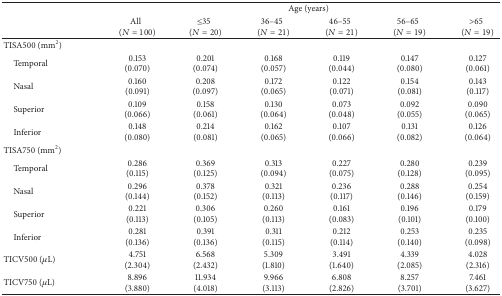
<table><thead><tr><td><b> </b></td><td colspan="6"><b>Age (years)</b></td></tr><tr><td><b> </b></td><td><b>All(<i>N</i> = 100)</b></td><td><b>≤35(<i>N</i> = 20)</b></td><td><b>36–45(<i>N</i> = 21)</b></td><td><b>46–55(<i>N</i> = 21)</b></td><td><b>56–65(<i>N</i> = 19)</b></td><td><b>&gt;65(<i>N</i> = 19)</b></td></tr></thead><tbody><tr><td>TISA500 (mm<sup>2</sup>)</td><td> </td><td> </td><td> </td><td> </td><td> </td><td> </td></tr><tr><td> Temporal</td><td>0.153 (0.070)</td><td>0.201 (0.074)</td><td>0.168 (0.057)</td><td>0.119 (0.044)</td><td>0.147 (0.080)</td><td>0.127 (0.061)</td></tr><tr><td> Nasal</td><td>0.160 (0.091)</td><td>0.208 (0.097)</td><td>0.172 (0.065)</td><td>0.122 (0.071)</td><td>0.154 (0.081)</td><td>0.143 (0.117)</td></tr><tr><td> Superior</td><td>0.109 (0.066)</td><td>0.158 (0.061)</td><td>0.130 (0.064)</td><td>0.073 (0.048)</td><td>0.092 (0.055)</td><td>0.090 (0.065)</td></tr><tr><td> Inferior</td><td>0.148 (0.080)</td><td>0.214 (0.081)</td><td>0.162 (0.065)</td><td>0.107 (0.066)</td><td>0.131 (0.082)</td><td>0.126 (0.064)</td></tr><tr><td>TISA750 (mm<sup>2</sup>)</td><td> </td><td> </td><td> </td><td> </td><td> </td><td> </td></tr><tr><td> Temporal</td><td>0.286 (0.115)</td><td>0.369 (0.125)</td><td>0.313 (0.094)</td><td>0.227 (0.075)</td><td>0.280 (0.128)</td><td>0.239 (0.095)</td></tr><tr><td> Nasal</td><td>0.296 (0.144)</td><td>0.378 (0.152)</td><td>0.321 (0.113)</td><td>0.236 (0.117)</td><td>0.288 (0.146)</td><td>0.254 (0.159)</td></tr><tr><td> Superior</td><td>0.221 (0.113)</td><td>0.306 (0.105)</td><td>0.260 (0.113)</td><td>0.161 (0.083)</td><td>0.196 (0.101)</td><td>0.179 (0.100)</td></tr><tr><td> Inferior</td><td>0.281 (0.136)</td><td>0.391 (0.136)</td><td>0.311 (0.115)</td><td>0.212 (0.114)</td><td>0.253 (0.140)</td><td>0.235 (0.098)</td></tr><tr><td>TICV500 (<i>μ</i>L)</td><td>4.751 (2.304)</td><td>6.568 (2.432)</td><td>5.309 (1.810)</td><td>3.491 (1.640)</td><td>4.339 (2.085)</td><td>4.028 (2.316)</td></tr><tr><td>TICV750 (<i>μ</i>L)</td><td>8.896 (3.880)</td><td>11.934 (4.018)</td><td>9.966 (3.113)</td><td>6.808 (2.826)</td><td>8.257 (3.701)</td><td>7.461 (3.627)</td></tr></tbody></table>